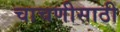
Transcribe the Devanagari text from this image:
चाचणीसाठी